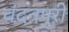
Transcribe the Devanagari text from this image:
चंदनपुरी